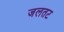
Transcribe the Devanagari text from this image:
जलतट